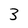
Character: 3